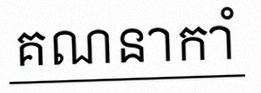
គណនាកាំ